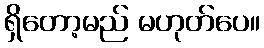
ရှိတော့မည် မဟုတ်ပေ။